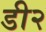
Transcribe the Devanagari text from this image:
डी२